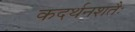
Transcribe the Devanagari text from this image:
कदर्थनशतैः